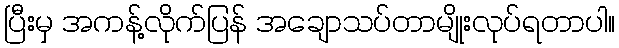
ပြီးမှ အကန့်လိုက်ပြန် အချောသပ်တာမျိုးလုပ်ရတာပါ။